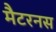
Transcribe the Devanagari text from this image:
मैटरनस